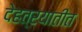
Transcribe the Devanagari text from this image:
देहत्रयातीत